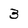
Character: 3